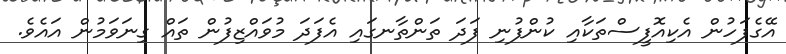
އޭގެފަހުން އެކިއޮފީސްތަކާއި ކުންފުނި ފަދަ ތަންތާނގައި އެފަދަ މުވައްޒިފުން ތައް ގިނަވަމުން އައެވެ.